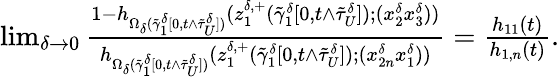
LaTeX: \begin{array}{r}{\operatorname*{lim}_{\delta\to 0}\frac{1-h_{\Omega_{\delta}(\tilde{\gamma}_{1}^{\delta}[0,t\wedge\tilde{\tau}_{U}^{\delta}])}(z_{1}^{\delta,+}(\tilde{\gamma}_{1}^{\delta}[0,t\wedge\tilde{\tau}_{U}^{\delta}]);(x_{2}^{\delta}x_{3}^{\delta}))}{h_{\Omega_{\delta}(\tilde{\gamma}_{1}^{\delta}[0,t\wedge\tilde{\tau}_{U}^{\delta}])}(z_{1}^{\delta,+}(\tilde{\gamma}_{1}^{\delta}[0,t\wedge\tilde{\tau}_{U}^{\delta}]);(x_{2n}^{\delta}x_{1}^{\delta}))}=\frac{h_{11}(t)}{h_{1,n}(t)}.}\end{array}